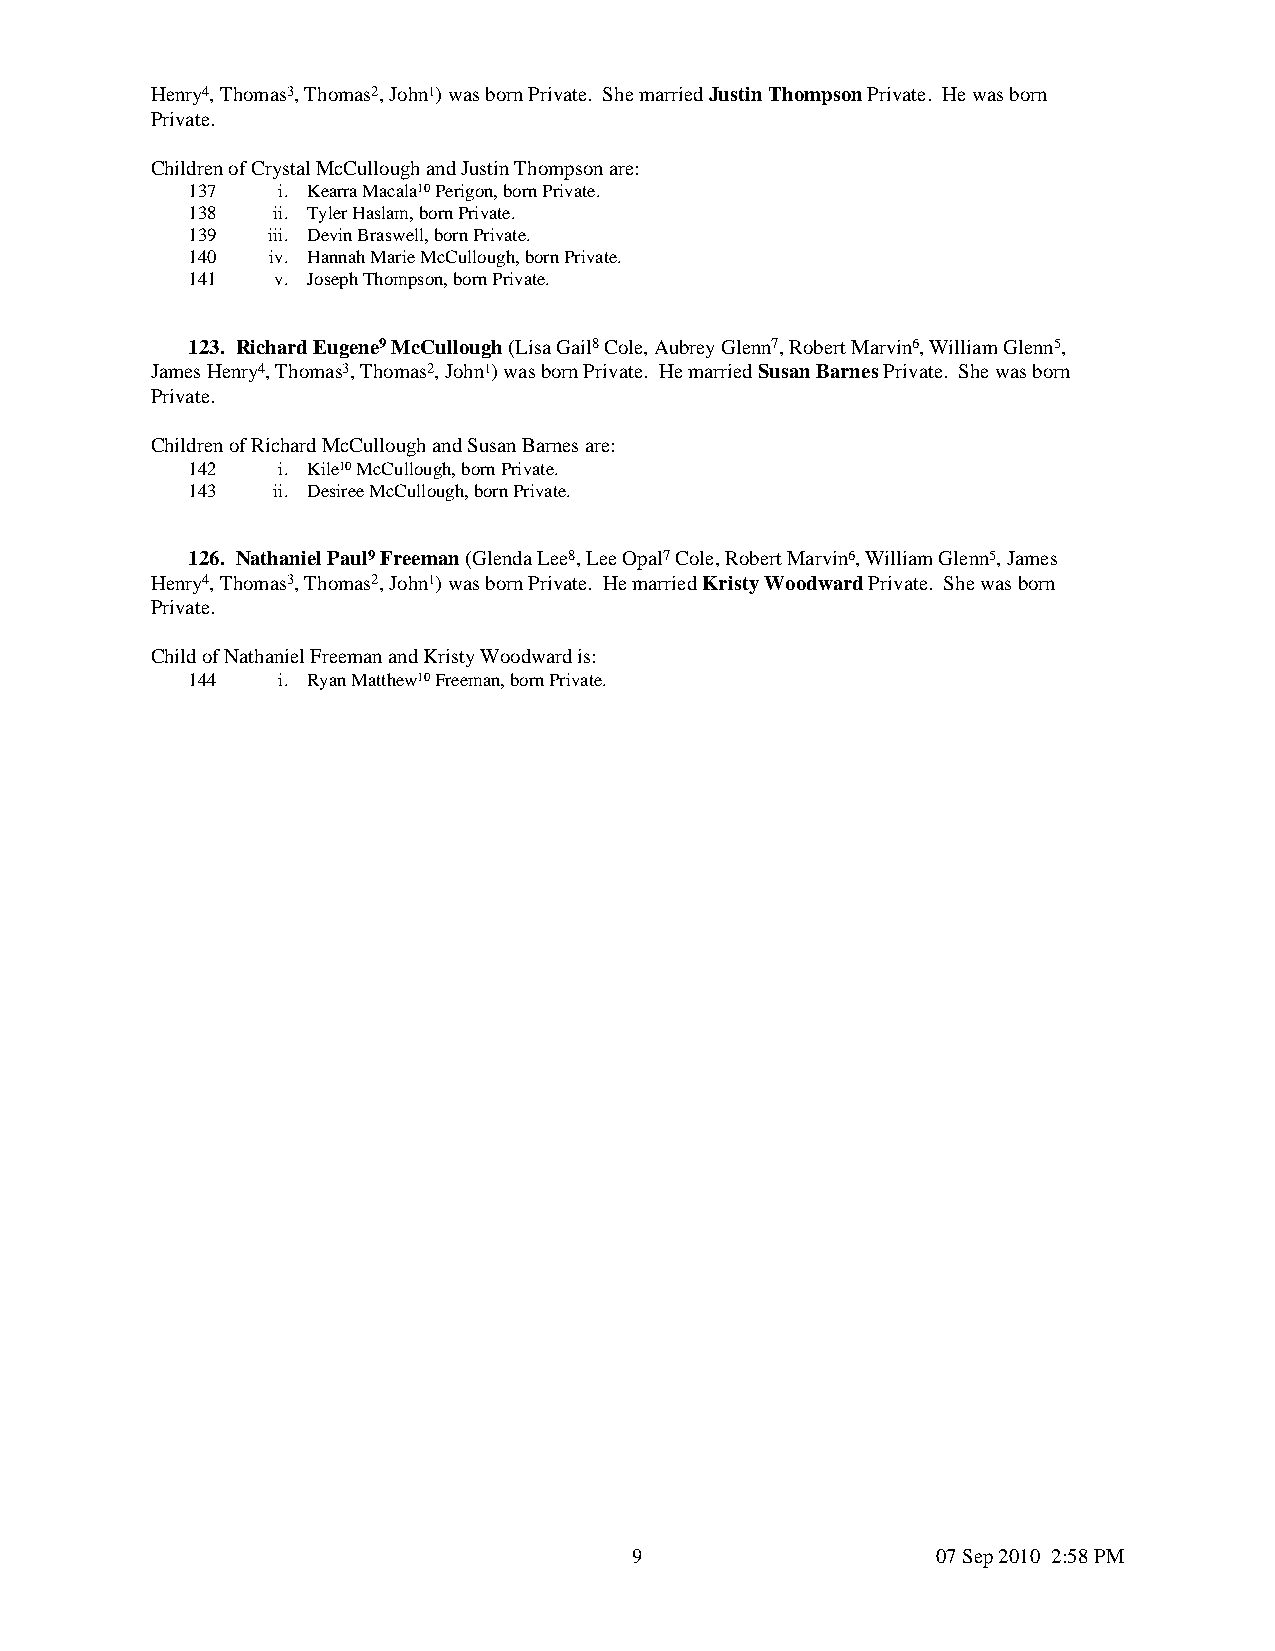
Henry4, Thomas3, Thomas2, John1) was born Private. She married Justin Thompson Private. He was born
 Private.
 Children of Crystal McCullough and Justin Thompson are:
 137   i. Kearra Macala10 Perigon, born Private.
 138   ii. Tyler Haslam, born Private.
 139   iii. Devin Braswell, born Private.
 140   iv. Hannah Marie McCullough, born Private.
 141   v. Joseph Thompson, born Private.
 123. Richard Eugene9 McCullough (Lisa Gail8 Cole, Aubrey Glenn7, Robert Marvin6, William Glenn5,
 James Henry4, Thomas3, Thomas2, John1) was born Private. He married Susan Barnes Private. She was born
 Private.
 Children of Richard McCullough and Susan Barnes are:
 142   i. Kile10 McCullough, born Private.
 143   ii. Desiree McCullough, born Private.
 126. Nathaniel Paul9 Freeman (Glenda Lee8, Lee Opal7 Cole, Robert Marvin6, William Glenn5, James
 Henry4, Thomas3, Thomas2, John1) was born Private. He married Kristy Woodward Private. She was born
 Private.
 Child of Nathaniel Freeman and Kristy Woodward is:
 144   i. Ryan Matthew10 Freeman, born Private.
 9                   07 Sep 2010 2:58 PM